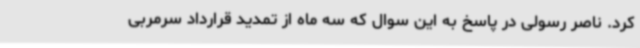
کرد. ناصر رسولی در پاسخ به این سوال که سه ماه از تمدید قرارداد سرمربی